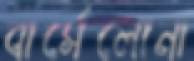
বার্সেলোনা